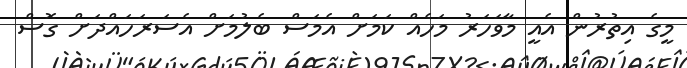
މީގެ އިތުރުން އެއީ މާވަހަރު މަހެއް ކަމަށް އެމަސް ބެލުމަށް އެސަރަހައްދަށް ގޮސް